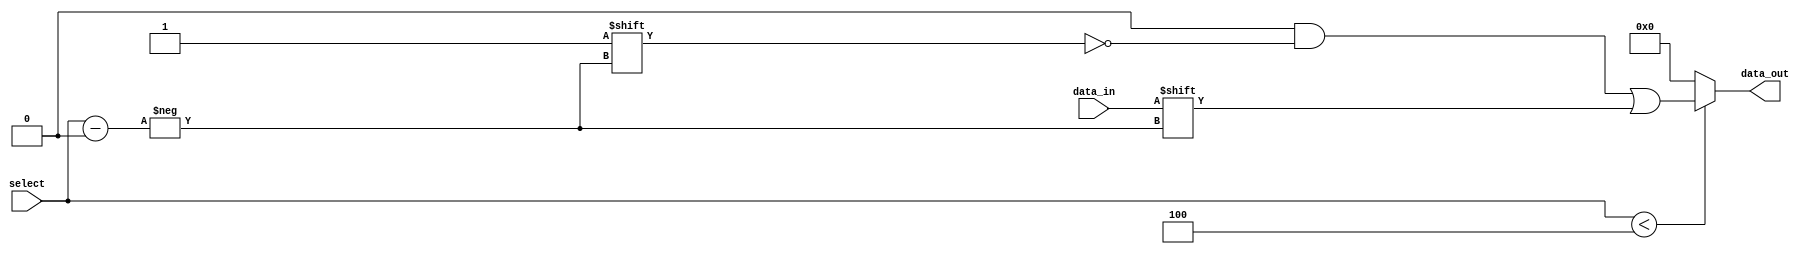
module parameterized_demux #(
    parameter N = 4 // Number of output lines (must be a power of 2)
)(
    input wire data_in,                // Input data line
    input wire [$clog2(N)-1:0] select, // Select line (log2(N) bits)
    output reg [N-1:0] data_out        // Output lines
);

    // Combinational logic to route data_in to the correct output based on select
    always @(*) begin
        // Default all outputs to low (0)
        data_out = {N{1'b0}};
        
        // Check if select is valid and route data_in accordingly
        if (select < N) begin
            data_out[select] = data_in; // Drive the selected output line with data_in
        end
        // Otherwise, all outputs remain low (0), which ensures handling of invalid selects
    end

endmodule